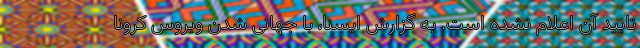
تایید آن اعلام نشده است. به گزارش ایسنا، با جهانی شدن ویروس کرونا